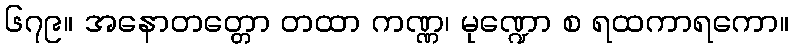
၆၇၉။ အနောတတ္တော တထာ ကဏ္ဏ၊ မုဏ္ဍော စ ရထကာရကော။